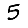
Digit: 5